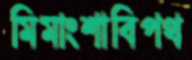
মিমাংশাবিপথ